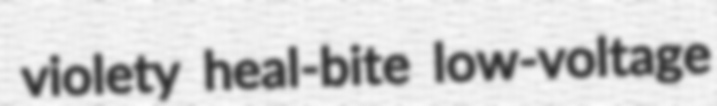
violety heal-bite low-voltage